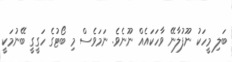
ބަލި މީހަކު ނޫފުލާނޭ ވާހަކައެއް ނޫނެވެ. ނަމަވެސް މި ބޯޓުގެ ހަގީގީ ބޭނުމަކީ